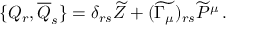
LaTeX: \{ { \cal { Q } } _ { r } , \overline { { { { \cal { Q } } } } } _ { s } \} = \delta _ { r s } \widetilde { Z } + ( \widetilde { \Gamma _ { \mu } } ) _ { r s } \widetilde { P } ^ { \mu } \, .